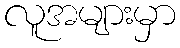
လူအများမှာ